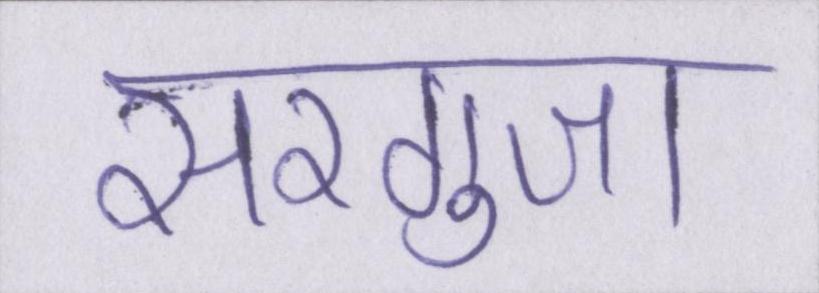
सरगुजा